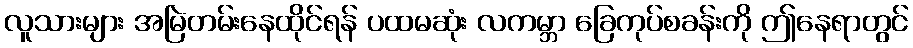
လူသားများ အမြဲတမ်းနေထိုင်ရန် ပထမဆုံး လကမ္ဘာ ခြေကုပ်စခန်းကို ဤနေရာတွင်